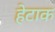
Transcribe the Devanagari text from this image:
हेटाक